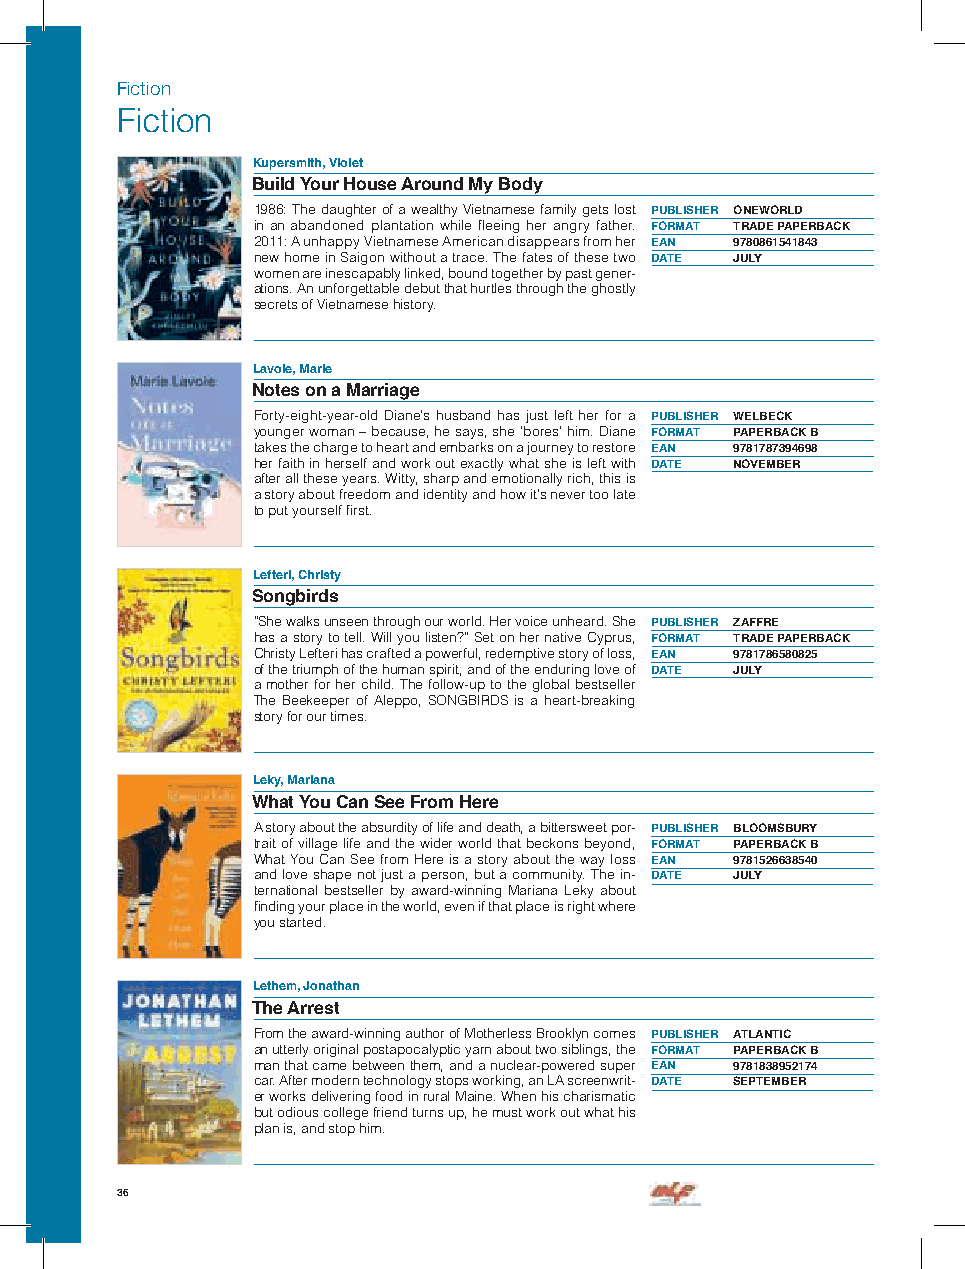
Fiction
 Fiction
 Kupersmith, Violet
 Build Your House Around My Body
 1986: The daughter of a wealthy Vietnamese family gets lost PUBLISHER ONEWORLD
 in an abandoned plantation while fleeing her angry father. FORMAT TRADE PAPERBACK
 2011: A unhappy Vietnamese American disappears from her EAN 9780861541843
 new home in Saigon without a trace. The fates of these two DATE JULY
 women are inescapably linked, bound together by past gener-
 ations. An unforgettable debut that hurtles through the ghostly
 secrets of Vietnamese history.
 Lavoie, Marie
 Notes on a Marriage
 Forty-eight-year-old Diane’s husband has just left her for a PUBLISHER WELBECK
 younger woman – because, he says, she ’bores’ him. Diane FORMAT PAPERBACK B
 takes the charge to heart and embarks on a journey to restore EAN 9781787394698
 her faith in herself and work out exactly what she is left with DATE NOVEMBER
 after all these years. Witty, sharp and emotionally rich, this is
 a story about freedom and identity and how it’s never too late
 to put yourself first.
 Lefteri, Christy
 Songbirds
 “She walks unseen through our world. Her voice unheard. She PUBLISHER ZAFFRE
 has a story to tell. Will you listen?” Set on her native Cyprus, FORMAT TRADE PAPERBACK
 Christy Lefteri has crafted a powerful, redemptive story of loss, EAN 9781786580825
 of the triumph of the human spirit, and of the enduring love of DATE JULY
 a mother for her child. The follow-up to the global bestseller
 The Beekeeper of Aleppo, SONGBIRDS is a heart-breaking
 story for our times.
 Leky, Mariana
 What You Can See From Here
 A story about the absurdity of life and death, a bittersweet por- PUBLISHER BLOOMSBURY
 trait of village life and the wider world that beckons beyond, FORMAT PAPERBACK B
 What You Can See from Here is a story about the way loss EAN 9781526638540
 and love shape not just a person, but a community. The in- DATE JULY
 ternational bestseller by award-winning Mariana Leky about
 finding your place in the world, even if that place is right where
 you started.
 Lethem, Jonathan
 The Arrest
 From the award-winning author of Motherless Brooklyn comes PUBLISHER ATLANTIC
 an utterly original postapocalyptic yarn about two siblings, the FORMAT PAPERBACK B
 man that came between them, and a nuclear-powered super EAN 9781838952174
 car. After modern technology stops working, an LA screenwrit- DATE SEPTEMBER
 er works delivering food in rural Maine. When his charismatic
 but odious college friend turns up, he must work out what his
 plan is, and stop him.
 36